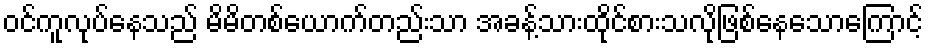
ဝင်ကူလုပ်နေသည် မိမိတစ်ယောက်တည်းသာ အခန့်သားထိုင်စားသလိုဖြစ်နေသောကြောင့်